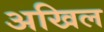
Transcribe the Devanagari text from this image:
अखिल